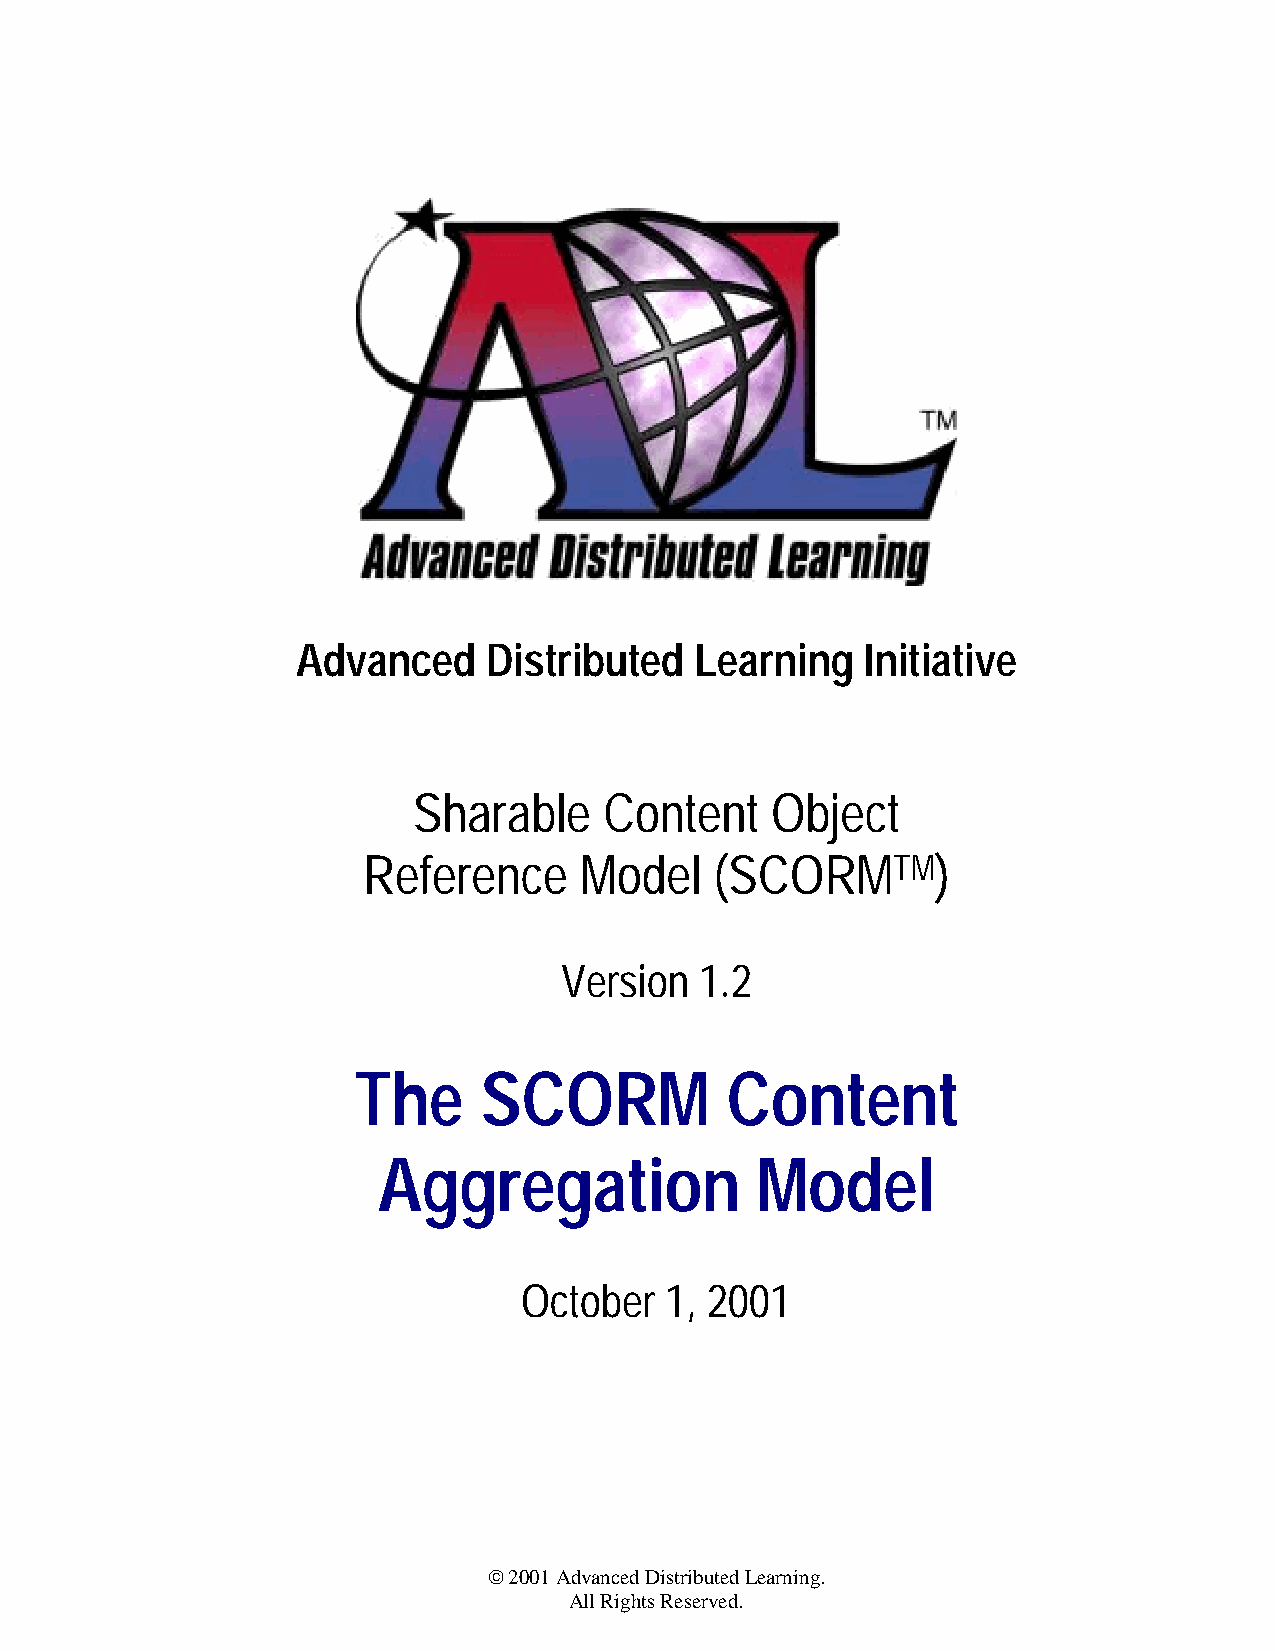
Advanced    Distributed   Learning   Initiative
 Sharable     Content    Object
 Reference     Model    (SCORMTM)
 Version  1.2
 The      SCORM           Content
 Aggregation              Model
 October  1, 2001
  2001 Advanced Distributed Learning.
 All Rights Reserved.